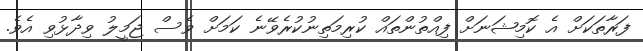
ފަރާތަކަށް އެ ކޮމިޝަނަށް ފިއްތުންތައް ކުރިމަތިނުކުރެވޭނެ ކަމަށް ވެސް ޖަމީލު ވިދާޅުވި އެވެ.